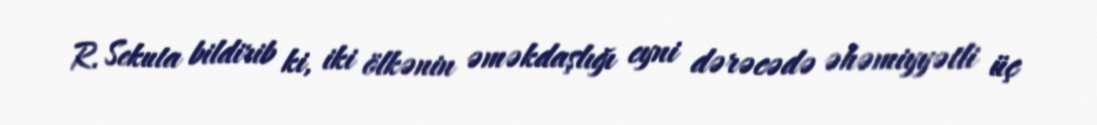
R. Sekuta bildirib ki, iki ölkənin əməkdaşlığı eyni dərəcədə əhəmiyyətli üç